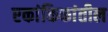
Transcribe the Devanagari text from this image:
एकांकिकांतील